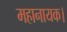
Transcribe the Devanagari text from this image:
महानायक।